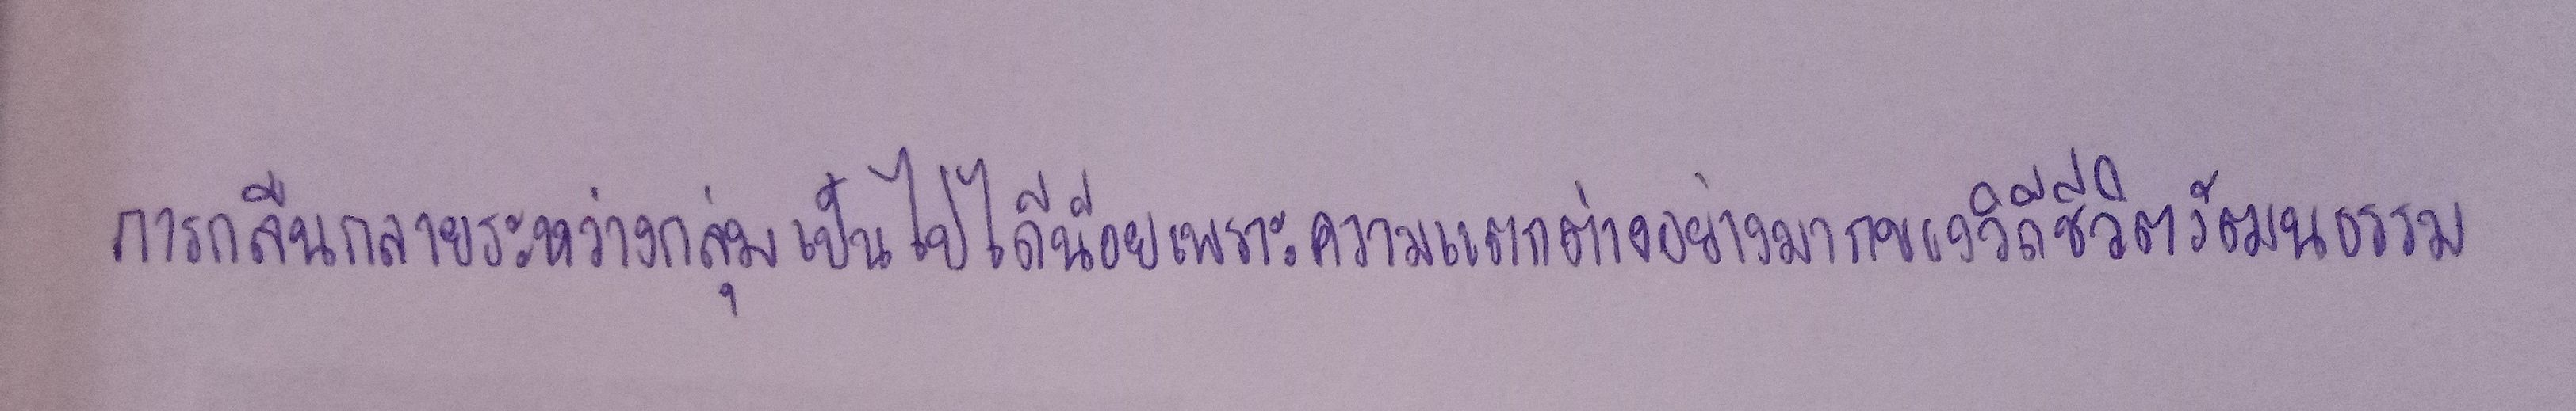
การกลืนกลายระหว่างกลุ่มเป็นไปได้น้อยเพราะความแตกต่างอย่างมากของวิถีชีวิตวัฒนธรรม